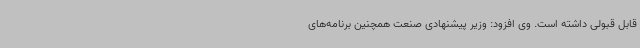
قابل قبولی داشته است. وی افزود: وزیر پیشنهادی صنعت همچنین برنامه‌های